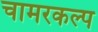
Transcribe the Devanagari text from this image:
चामरकल्प